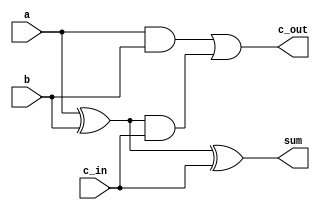
// Critical path delay: 10 ns
module fa(a, b, c_in, sum, c_out);
   input a;
   input b;
   input c_in;
   output sum;
   output c_out;
   wire   w0;
   xor #(4) xor0(w0, a, b);
   wire   w1;
   and #(3) and0(w1, a, b);
   wire   w2;
   and #(3) and1(w2, w0, c_in);
   xor #(4) xor1(sum, w0, c_in);
   or #(3) or0(c_out, w1, w2);
endmodule